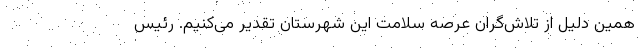
همین دلیل از تلاش‌گران عرصه سلامت این شهرستان تقدیر می‌کنیم. رئیس